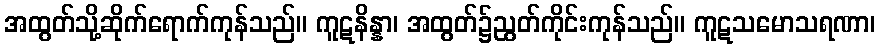
အထွတ်သို့ဆိုက်ရောက်ကုန်သည်။ ကူဋနိန္နာ၊ အထွတ်၌ညွတ်ကိုင်းကုန်သည်။ ကူဋသမောသရဏာ၊